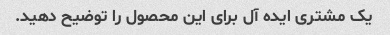
یک مشتری ایده آل برای این محصول را توضیح دهید.